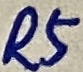
Text: R5